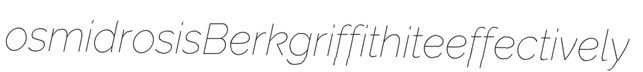
osmidrosis Berk griffithite effectively